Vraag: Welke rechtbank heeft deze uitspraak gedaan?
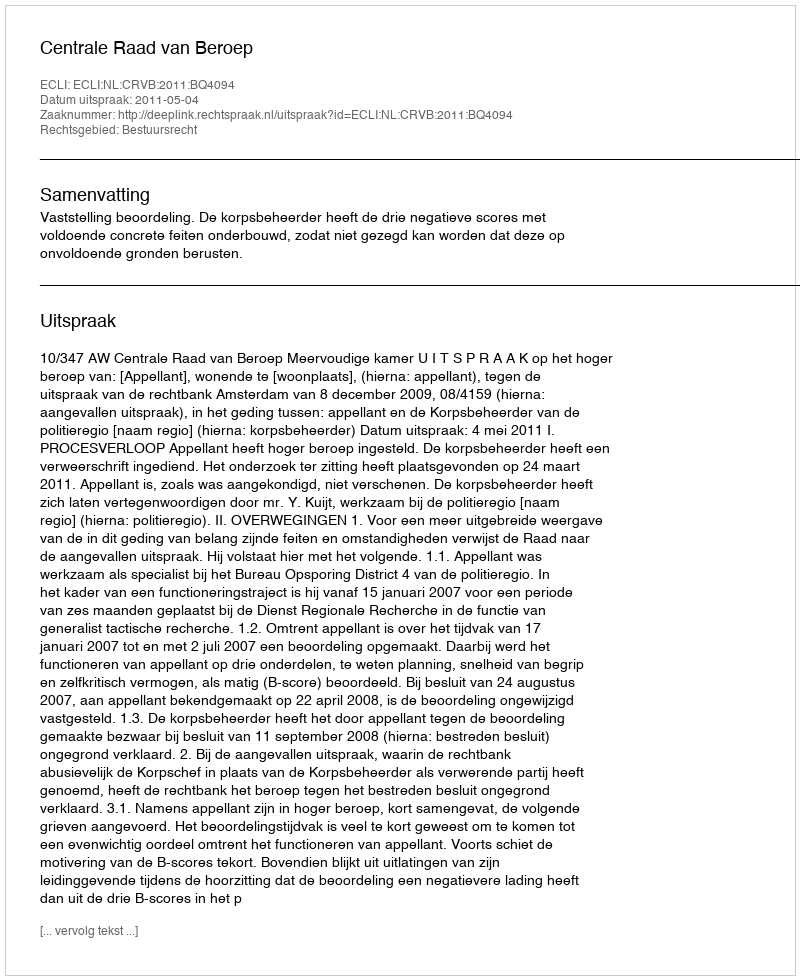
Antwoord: Centrale Raad van Beroep